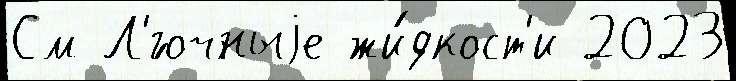
См Л'́гочныjе жи́дкост'и 2023